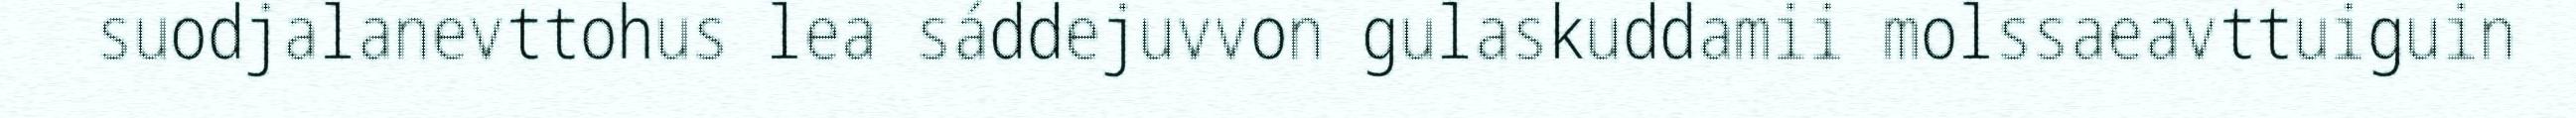
suodjalanevttohus lea sáddejuvvon gulaskuddamii molssaeavttuiguin